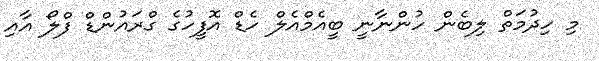
މި ހިދުމަތް ލިބެން ހުންނާނީ ބީއެމްއެލް ހެޑް އޮފީހުގެ ގްރައުންޑް ފްލޯ އާއި